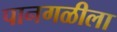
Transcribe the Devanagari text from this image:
पानगळीला